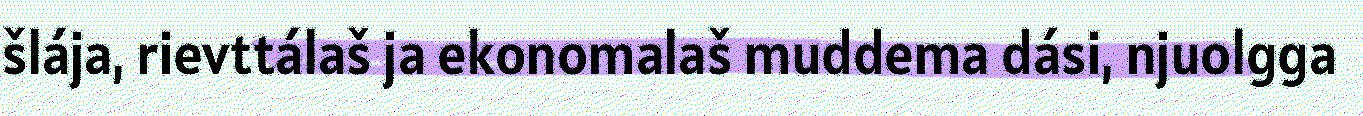
šlája, rievttálaš ja ekonomalaš muddema dási, njuolgga